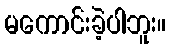
မကောင်းခဲ့ပါဘူး။